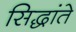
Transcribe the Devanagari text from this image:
सिद्धांते